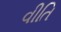
વીતિ